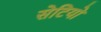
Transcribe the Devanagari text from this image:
सेटियो